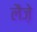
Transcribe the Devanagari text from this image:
लैज़े